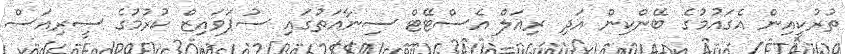
ތުރުކީއިން އެގައުމުގެ ބޭންކިން އަދި ރިއަލް އެސްޓޭޓް ސިނާއަތުގައި ސުޕަވައިޒް ކުރުމުގެ ސީރިއަސް